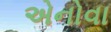
એનોવા